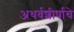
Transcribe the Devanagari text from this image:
अथर्वशीर्षाचे